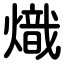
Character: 熾